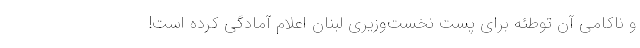
و ناکامی آن توطئه برای پست نخست‌وزیری لبنان اعلام آمادگی کرده است!